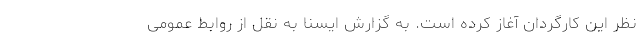
نظر این کارگردان آغاز کرده است. به گزارش ایسنا به نقل از روابط عمومی